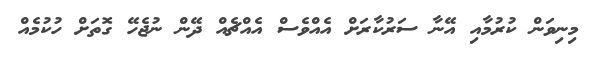
މިނިވަން ކުރުމާއި އޭނާ ސަރުކާރަށް އެއްވެސް އެއްޗެއް ދޭން ނުޖެހޭ ގޮތަށް ހުކުމެއް